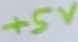
Text: +5V